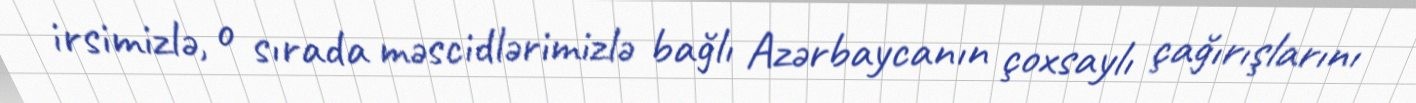
irsimizlə, o sırada məscidlərimizlə bağlı Azərbaycanın çoxsaylı çağırışlarını